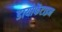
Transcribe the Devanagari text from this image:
डायोफेंटाइन